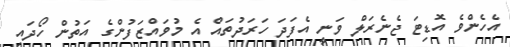
އެހެންވެ އޮޑިޓަ ޖެނެރަލް ވަނީ އެފަދަ ހަރަދުތައް އެ މުވައްޒަފުންގެ އަތުން ހޯދައި